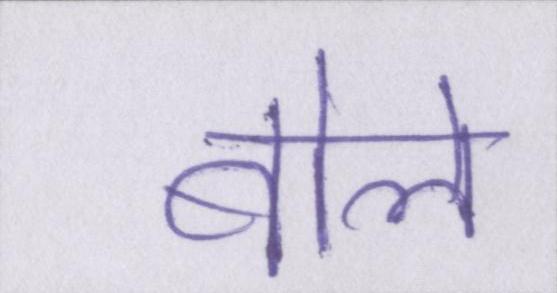
बोले